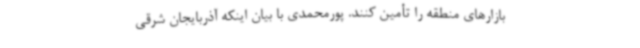
بازارهای منطقه را تأمین کنند. پورمحمدی با بیان اینکه آذربایجان شرقی